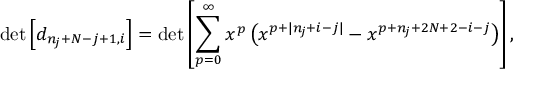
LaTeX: \operatorname * { d e t } \left[ d _ { n _ { j } + N - j + 1 , i } \right] = \operatorname * { d e t } \left[ \sum _ { p = 0 } ^ { \infty } x ^ { p } \left( x ^ { p + | n _ { j } + i - j | } - x ^ { p + n _ { j } + 2 N + 2 - i - j } \right) \right] ,